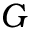
G